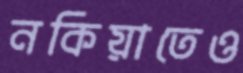
নকিয়াতেও